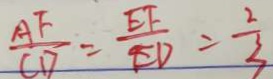
\frac { A F } { C D } = \frac { E F } { E D } = \frac { 2 } { 3 }